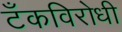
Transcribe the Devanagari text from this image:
टँकविरोधी